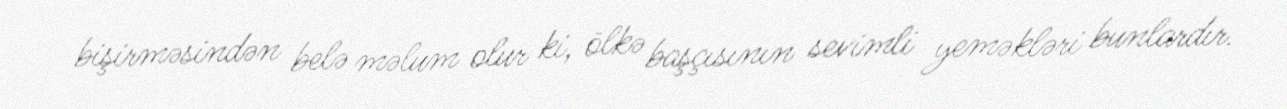
bişirməsindən belə məlum olur ki, ölkə başçısının sevimli yeməkləri bunlardır.